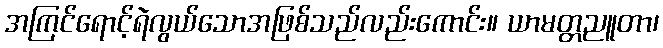
အကြင်ရောင့်ရဲလွယ်သောအဖြစ်သည်လည်းကောင်း။ ယာမတ္တညူတာ၊